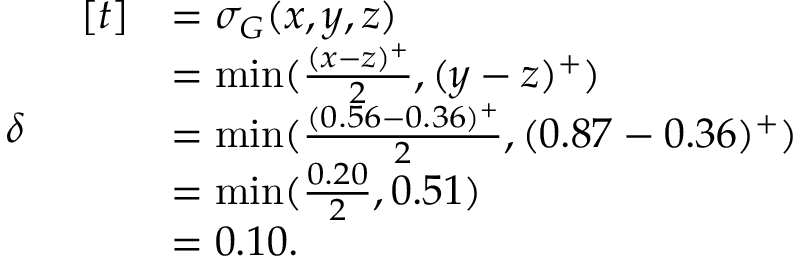
\begin{array} { r l } { \delta } & { \! \begin{array} { r l } { [ t ] } & { = \sigma _ { G } ( x , y , z ) } \\ & { = \operatorname* { m i n } ( \frac { ( x - z ) ^ { + } } { 2 } , ( y - z ) ^ { + } ) } \\ & { = \operatorname* { m i n } ( \frac { ( 0 . 5 6 - 0 . 3 6 ) ^ { + } } { 2 } , ( 0 . 8 7 - 0 . 3 6 ) ^ { + } ) } \\ & { = \operatorname* { m i n } ( \frac { 0 . 2 0 } { 2 } , 0 . 5 1 ) } \\ & { = 0 . 1 0 . } \end{array} } \end{array}